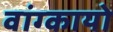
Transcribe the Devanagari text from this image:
वांग्कायो